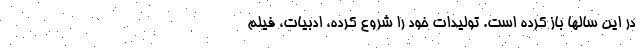
در این سالها باز کرده است. تولیدات خود را شروع کرده، ادبیات، فیلم